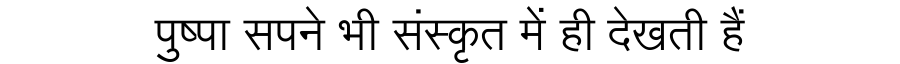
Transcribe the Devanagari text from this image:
पुष्पा सपने भी संस्कृत में ही देखती हैं